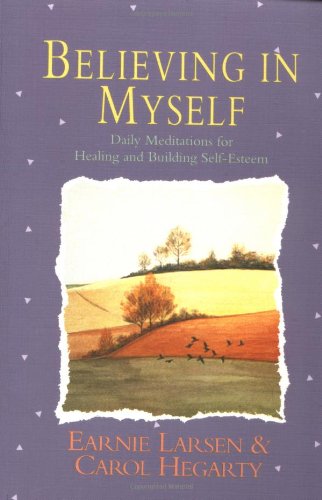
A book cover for Believing In Myself: Self Esteem Daily Meditations; Earnie Larsen; Self-Help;